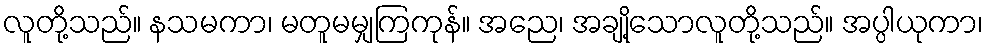
လူတို့သည်။ နသမကာ၊ မတူမမျှကြကုန်။ အညေ၊ အချို့သောလူတို့သည်။ အပ္ပါယုကာ၊